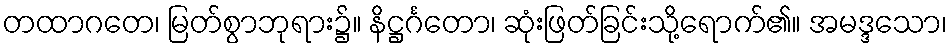
တထာဂတေ၊ မြတ်စွာဘုရား၌။ နိဋ္ဌင်္ဂတော၊ ဆုံးဖြတ်ခြင်းသို့ရောက်၏။ အမဒ္ဒသော၊